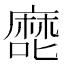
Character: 𰈴